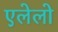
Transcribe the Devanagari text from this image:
एलेलो